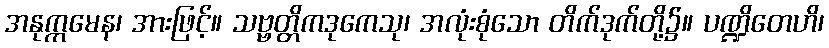
အနုက္ကမေန၊ အားဖြင့်။ သဗ္ဗတ္တိကဒုကေသု၊ အလုံးစုံသော တိက်ဒုက်တို့၌။ ပဏ္ဍိတေဟိ၊